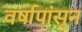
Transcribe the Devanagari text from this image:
वर्षापांसुन